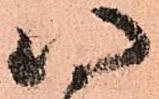
八